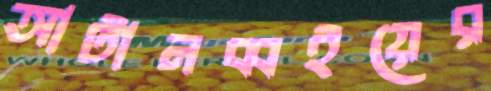
আটানব্বইয়ের